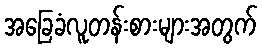
အခြေခံလူတန်းစားများအတွက်